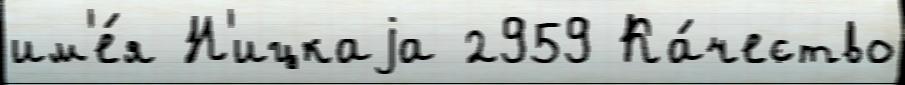
им'е́я Н'ицкаjа 2959 Ка́чество